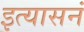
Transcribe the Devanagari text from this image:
इत्यासनं